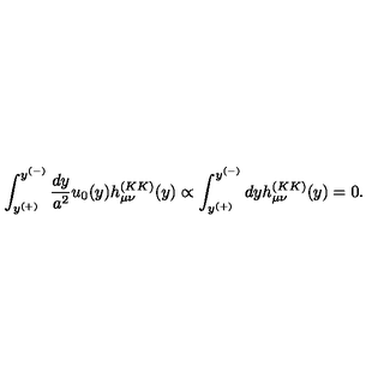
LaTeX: \int _ { y ^ { ( + ) } } ^ { y ^ { ( - ) } } { \frac { d y } { a ^ { 2 } } } u _ { 0 } ( y ) h _ { \mu \nu } ^ { ( K K ) } ( y ) \propto \int _ { y ^ { ( + ) } } ^ { y ^ { ( - ) } } d y h _ { \mu \nu } ^ { ( K K ) } ( y ) = 0 .